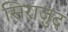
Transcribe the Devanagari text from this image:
सिराजुद